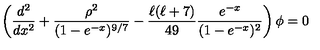
\left( { \frac { d ^ { 2 } } { d x ^ { 2 } } } + { \frac { \rho ^ { 2 } } { ( 1 - e ^ { - x } ) ^ { 9 / 7 } } } - { \frac { \ell ( \ell + 7 ) } { 4 9 } } { \frac { e ^ { - x } } { ( 1 - e ^ { - x } ) ^ { 2 } } } \right) \phi = 0